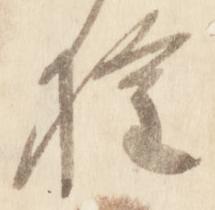
権